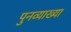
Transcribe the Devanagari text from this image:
पुनव्याख्या